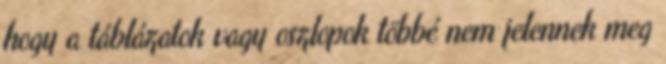
hogy a táblázatok vagy oszlopok többé nem jelennek meg